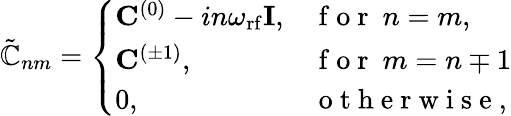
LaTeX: \begin{array}{r}{\tilde{\mathbb{C}}_{nm}=\left\{ \begin{array}{ll}{\mathbf{C}^{(0)}-in\omega_{\mathrm{rf}}\mathbf{I},}&{\mathrm{~f~o~r~}\ n=m,}\\ {\mathbf{C}^{(\pm 1)},}&{\mathrm{~f~o~r~}\ m=n\mp 1}\\ {0,}&{\mathrm{~o~t~h~e~r~w~i~s~e~},}\end{array}\right.}\end{array}